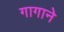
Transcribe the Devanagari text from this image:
गागाने